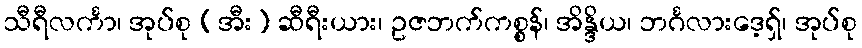
သီရီလင်္ကာ၊ အုပ်စု (အီး) ဆီရီးယား၊ ဥဇဘက်ကစ္စန်၊ အိန္ဒိယ၊ ဘင်္ဂလားဒေ့ရှ်၊ အုပ်စု